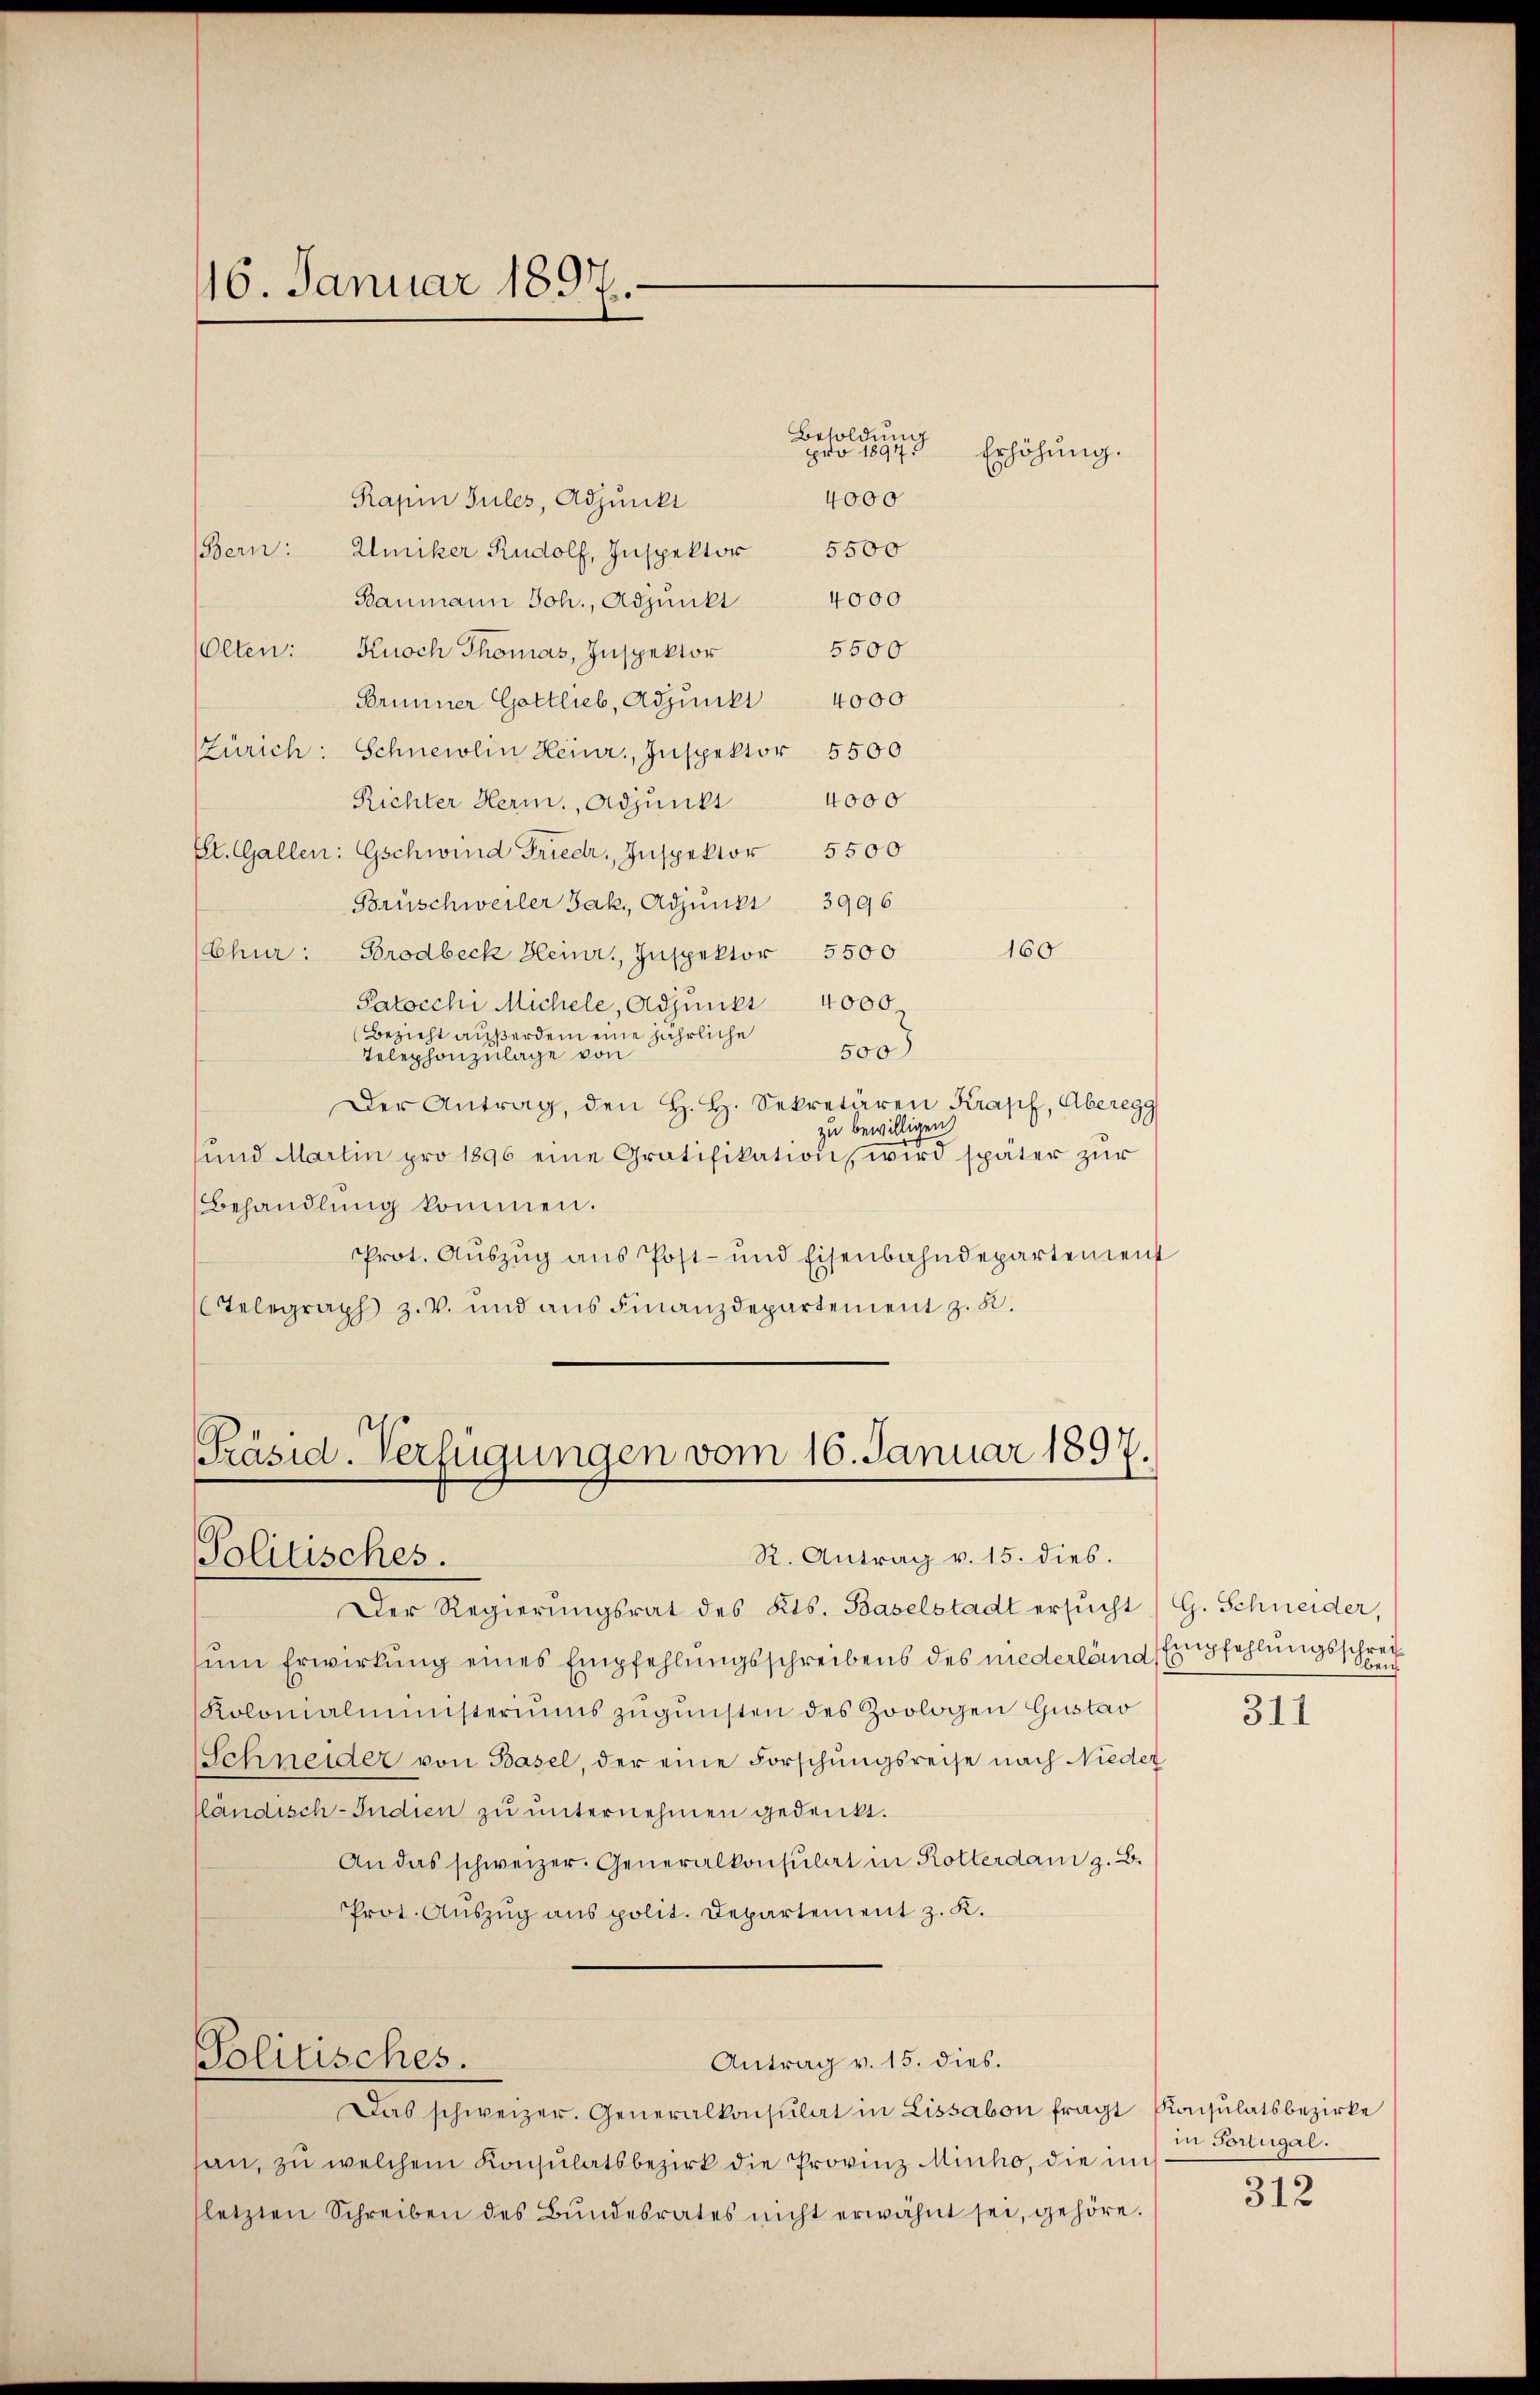
16. Januar 1897.

Rapin Tules, Adjunkt
5500
Bern: Amiker Rudolf, Inspektor
4000
Baumann Joh., Adjunkt
5500
lten: Knoch Thomas, Inspektor
4000
Forinner Gottlieb, Adjunkt
(Zürich: Schneidlin Heinr., Inspektor 5500
4000
Richter Herm., Adjunkt
Et. Gallen: Gschwind Frieder, Inspektor 5500
Brüschweiler Jak. Adjunkt 3996
160
Brodbeck Heinr., Inspektor 5500
(Chur:
Patocchi Michele, Adjunkt 4000
Bezieht außerdem eine jährliche
500
Telephonzulage von
Der Antrag, den H. H. Sekretären Krapf, Aberegg
zu bewilligen
ŭnd Martin pro 1896 eine Gratifikation wird später zŭr
Behandlung kommen.
Prot. Auszug aus Post- und Eisenbahndepartement
Telegraph z. V. und aus Finanzdepartement z. B.

Präsid. Verfügungen vom 16. Januar 1897.
Politisches.
R. Antrag v. 15. dies.

Solitisches.

Besoldung
pro 1897.
4000

Antrag v. 15. dies.

Erhöhung.

Der Regierŭngsrat des Kts. Baselstadt ersŭcht) G. Schneider,
um Erwirkung eines Empfehlungsschreibens des niederland Empfehlungsschrei¬
Kolonialministeriums zŭgŭnsten des Zoologen Gustav
(Schneider von Basel, der eine Forschungsreise nach Nieder
lländisch-Indien zu unternehmen gedenkt.
An das schweizer. Generalkonsulat in Rotterdan z. B.
Prot. Auszug aus polit. Departement z. K.

Das schweizer. Generalkonsulat in Lissabon fragt Konsulatsbezirke
san, zu welchem Konsulatsbezirk die Provinz Minho, die im
(letzten Schreiben des Bŭndesrates nicht erwähnt sei, gehöre.

311

in Portugal.

312